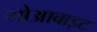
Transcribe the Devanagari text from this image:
मोआबाइट